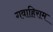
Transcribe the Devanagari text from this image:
गवाहिराम